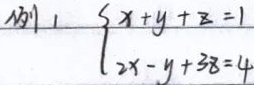
例1
\[\begin{cases}x + y+z = 1\\2x - y + 3z = 4\end{cases}\]